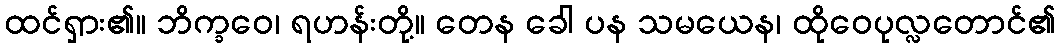
ထင်ရှား၏။ ဘိက္ခဝေ၊ ရဟန်းတို့။ တေန ခေါ ပန သမယေန၊ ထိုဝေပုလ္လတောင်၏